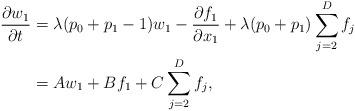
LaTeX: \begin{align*}\frac{\partial w_1}{\partial t} &= \lambda(p_0+p_1-1)w_1- \frac{\partial f_1}{\partial x_1} + \lambda(p_0+p_1)\sum_{j=2}^D f_j\\& = A w_1 + B f_1 + C \sum_{j=2}^D f_j,\end{align*}